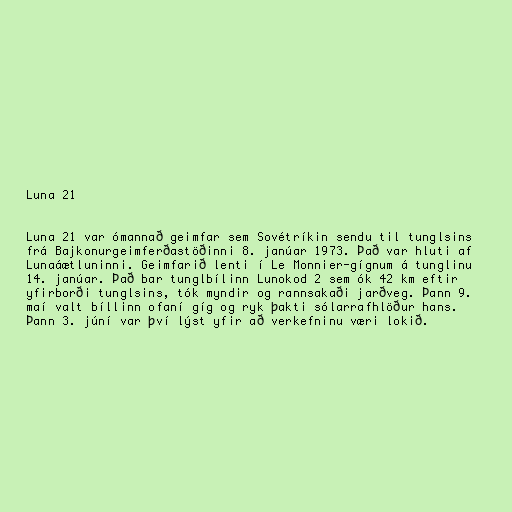
Luna 21

Luna 21 var ómannað geimfar sem Sovétríkin sendu til tunglsins
frá Bajkonurgeimferðastöðinni 8. janúar 1973. Það var hluti af
Lunaáætluninni. Geimfarið lenti í Le Monnier-gígnum á tunglinu
14. janúar. Það bar tunglbílinn Lunokod 2 sem ók 42 km eftir
yfirborði tunglsins, tók myndir og rannsakaði jarðveg. Þann 9.
maí valt bíllinn ofaní gíg og ryk þakti sólarrafhlöður hans.
Þann 3. júní var því lýst yfir að verkefninu væri lokið.